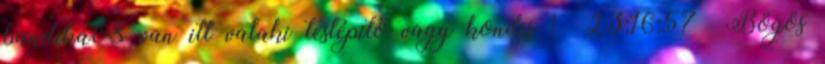
bandika08 van itt valaki testépitő vagy kondis ? 23:16:57 Bögös